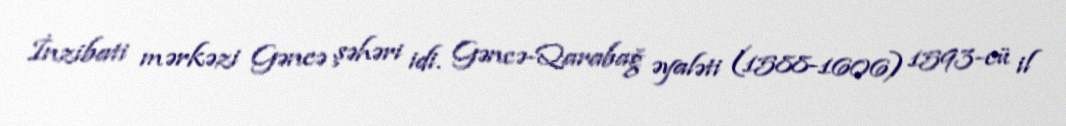
İnzibati mərkəzi Gəncə şəhəri idi. Gəncə-Qarabağ əyaləti (1588-1606) 1593-cü il